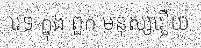
វេទ ក្នុង ពួក មនុស្សរឿយ